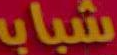
شباب